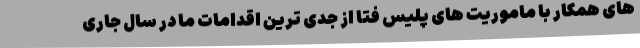
های همکار با ماموریت های پلیس فتا از جدی ترین اقدامات ما در سال جاری